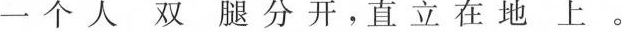
一个人 双腿分开，直立在地上。